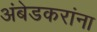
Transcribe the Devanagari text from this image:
अंबेडकरांना